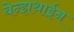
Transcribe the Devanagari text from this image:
बेन्झथाईन